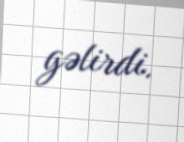
gəlirdi.